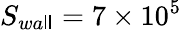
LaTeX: S_{wa\mathsf{l}\mathsf{l}}=7\times10^{5}